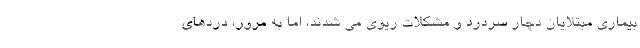
بیماری مبتلایان دچار سردرد و مشکلات ریوی می شدند، اما به مرور، دردهای